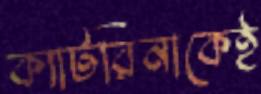
ক্যাটরিনাকেই